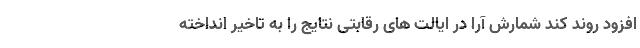
افزود روند کند شمارش آرا در ایالت های رقابتی نتایج را به تاخیر انداخته